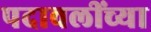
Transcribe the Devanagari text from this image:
पदावलींच्या